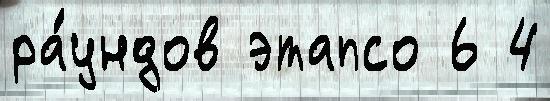
ра́ундов этапсо 6 4